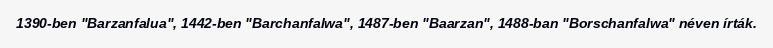
1390-ben "Barzanfalua", 1442-ben "Barchanfalwa", 1487-ben "Baarzan", 1488-ban "Borschanfalwa" néven írták.